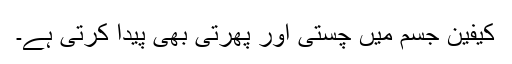
کیفین جسم میں چستی اور پھرتی بھی پیدا کرتی ہے۔